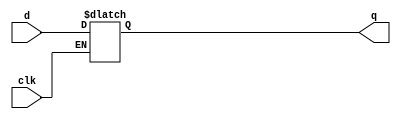
module latch(input            clk, 
             input      [3:0] d, 
             output reg [3:0] q);

  always @(clk, d)
    if (clk) q <= d;
endmodule